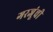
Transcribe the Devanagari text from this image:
गरजूंची